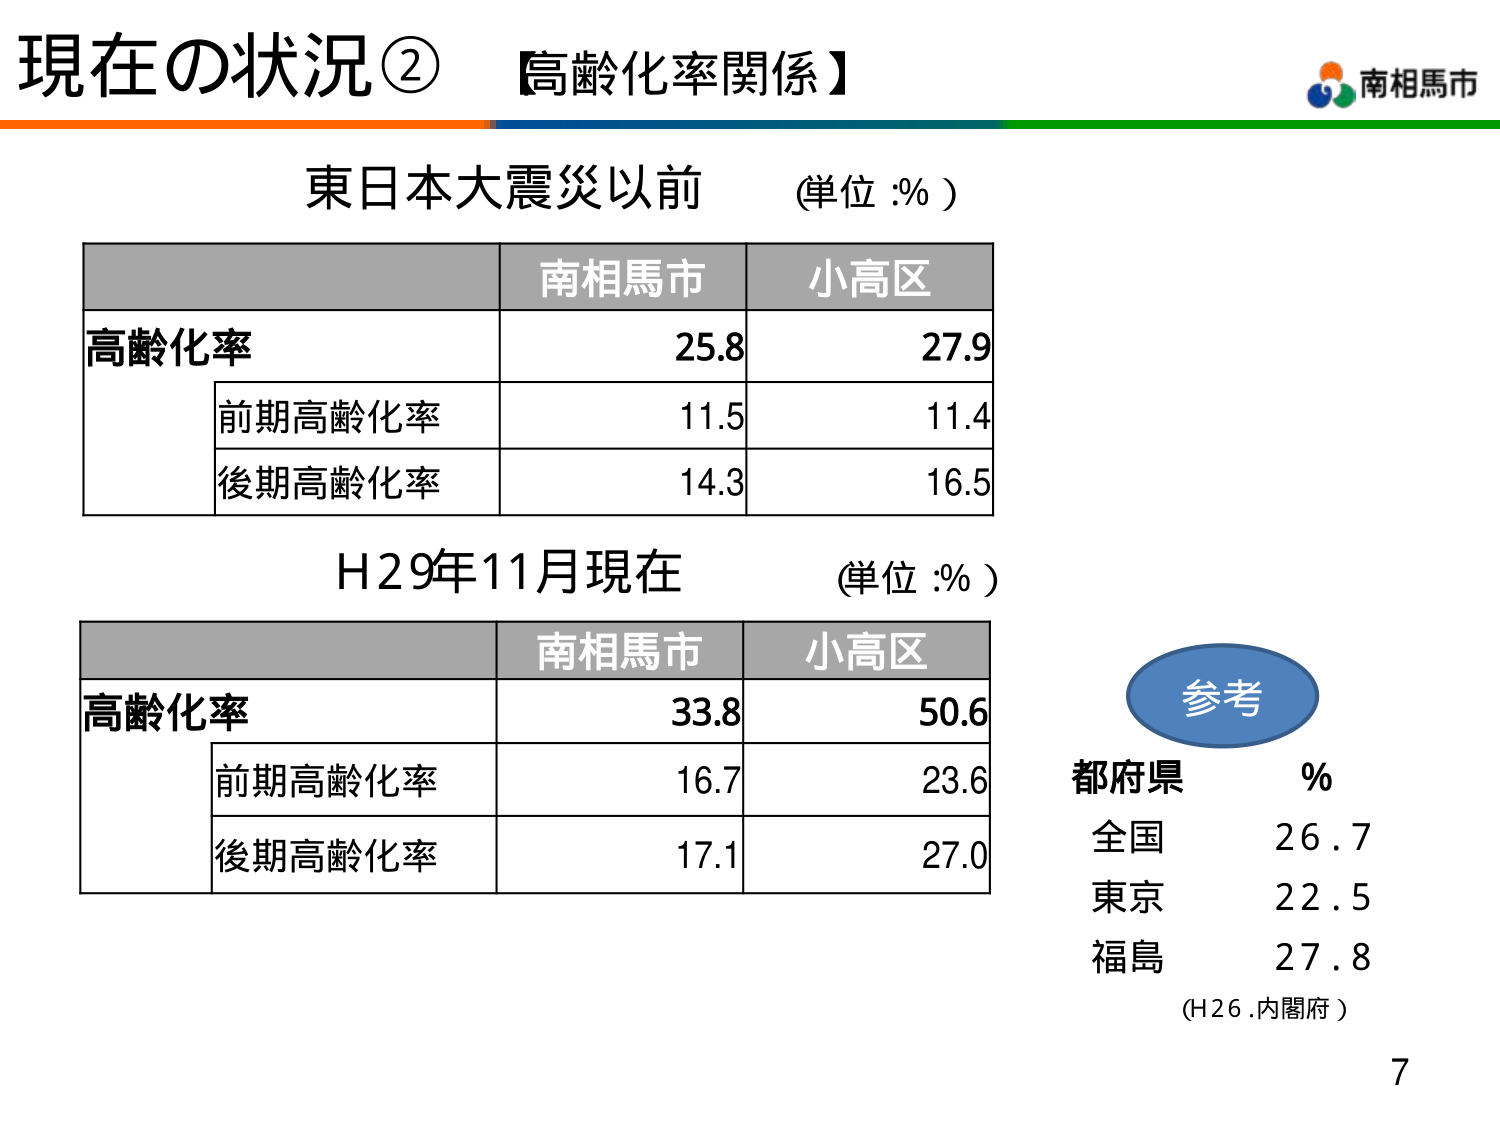
現在の状況② 【高齢化率関係】
南相馬市
東日本大震災以前 （単位：%）
南相馬市 小高区
高齢化率 25.8 27.9
前期高齢化率 11.5 11.4
後期高齢化率 14.3 16.5
H29年11月現在 （単位：%）
南相馬市 小高区
高齢化率 33.8 50.6
前期高齢化率 16.7 23.6
後期高齢化率 17.1 27.0
参考
都府県 %
全国 26.7
東京 22.5
福島 27.8
（H26.内閣府）
7